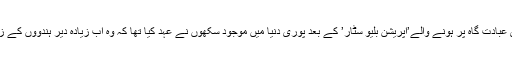
سکھوں کی اس مرکزی عبادت گاہ پر ہونے والے’آپریشن بلیو سٹار’ کے بعد پوری دنیا میں موجود سکھوں نے عہد کیا تھا کہ وہ اب زیادہ دیر ہندوؤں کے زیر سایہ نہیں رہیں گے۔